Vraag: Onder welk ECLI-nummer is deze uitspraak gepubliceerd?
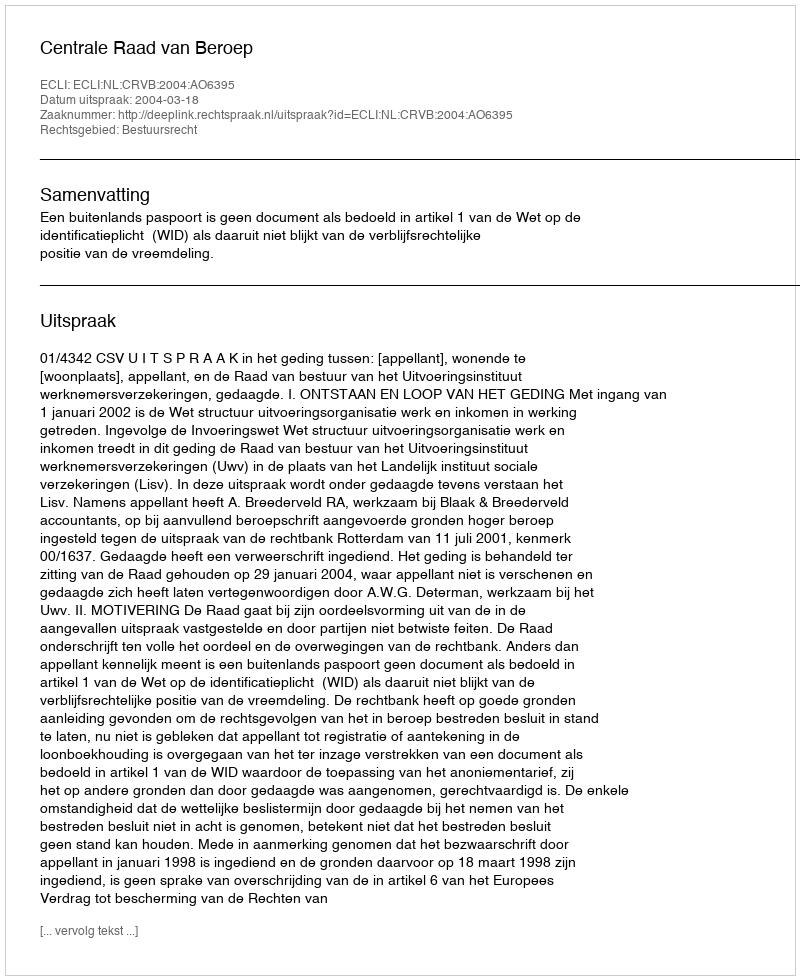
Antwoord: ECLI:NL:CRVB:2004:AO6395